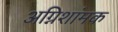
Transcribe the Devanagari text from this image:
अग्निशांमक